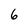
Character: 6